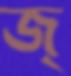
জ্